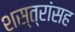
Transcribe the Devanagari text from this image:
शस्त्रांसह